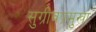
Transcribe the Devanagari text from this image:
सुग्रीवप्रमुखा